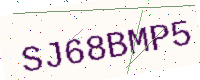
Text: SJ68BMP5